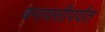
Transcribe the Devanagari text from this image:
बनावसीपर्यंत